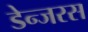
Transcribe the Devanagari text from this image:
डेन्जरस